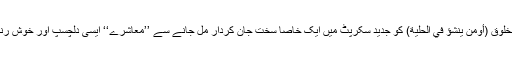
یوں ناز اور زیور میں ڈھکی آتی ایک مخلوق (أوَمَنْ يُّنَشَّؤُ فِي الْحِلْيَةِ) کو جدید سکرپٹ میں ایک خاصا سخت جان کردار مل جانے سے ’’معاشرے‘‘ ایسی دلچسپ اور خوش رنگ چیز نری ’’ورکنگ‘‘ ہو کر رہ گئی۔